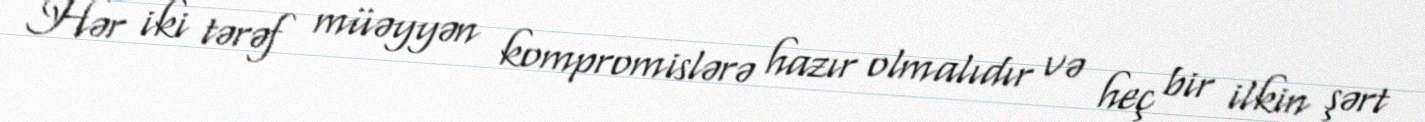
Hər iki tərəf müəyyən kompromislərə hazır olmalıdır və heç bir ilkin şərt